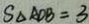
S _ { \Delta A D B } = 3